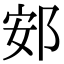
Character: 䢿